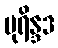
ပုရိန္ဒဒ